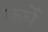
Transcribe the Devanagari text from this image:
कर्घे